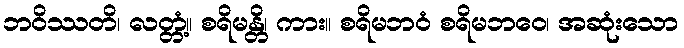
ဘဝိဿတိ၊ လတ္တံ့။ စရိမန္တိ၊ ကား။ စရိမဘဝံ စရိမဘဝေ၊ အဆုံးသော